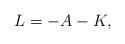
LaTeX: \begin{align*} L = -A -K, \end{align*}